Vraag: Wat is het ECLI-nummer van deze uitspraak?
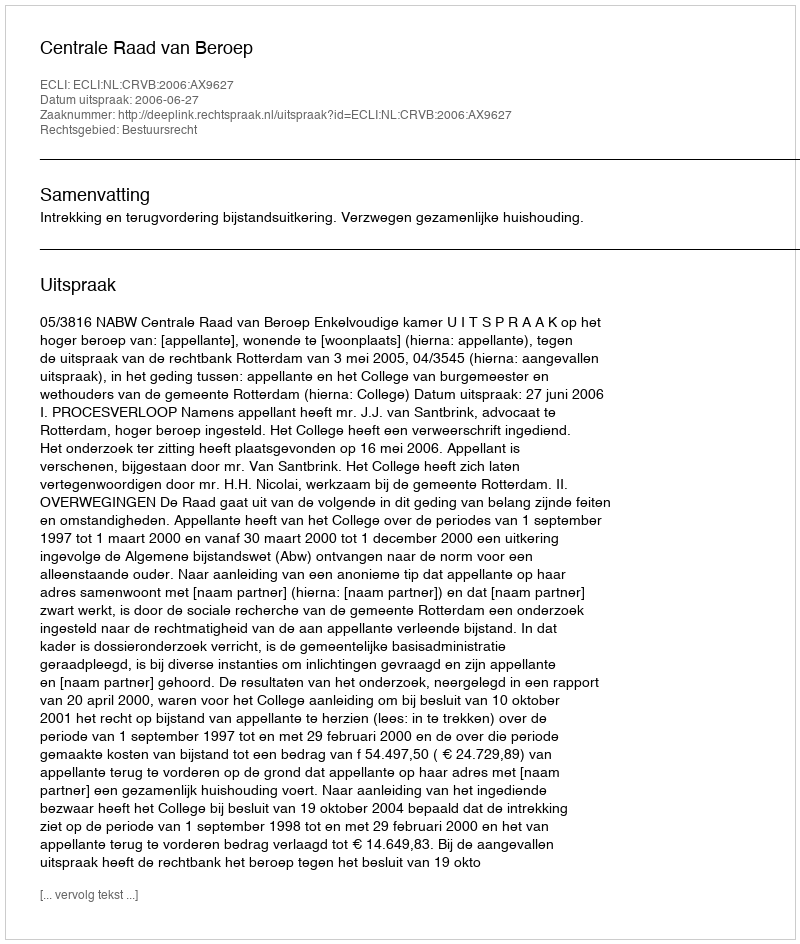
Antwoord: ECLI:NL:CRVB:2006:AX9627